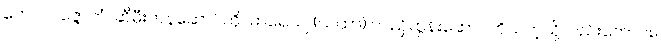
တေလပဇ္ဇောတံ၊ ဆီမီးတန်ဆောင်ကို။ ဓာရေယျ (ယထာ) ဝါ၊ ညှိထွန်းဆောင်ဘိသကဲ့သို့လည်းကောင်း။